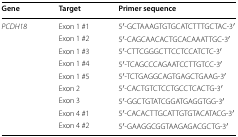
| Gene | Target | Primer sequence |
 | --- | --- | --- |
 | PCDH18 | Exon 1 #1 | 5′-GCTAAAGTGTGCATCTTTGCTAC-3′ |
 |  | Exon 1 #2 | 5′-CAGCAACACTGCACAAATTGC-3′ |
 |  | Exon 1 #3 | 5′-CTTCGGGCTTCCTCCATCTC-3′ |
 |  | Exon 1 #4 | 5′-TCAGCCCAGAATCCTTGTCC-3′ |
 |  | Exon 1 #5 | 5′-TCTGAGGCAGTGAGCTGAAG-3′ |
 |  | Exon 2 | 5′-CACTGTCTCCTGCCTCACTG-3′ |
 |  | Exon 3 | 5′-GGCTGTATCGGATGAGGTGG-3′ |
 |  | Exon 4 #1 | 5′-CACACTTGCATTGTGTACATACG-3′ |
 |  | Exon 4 #2 | 5′-GAAGGCGGTAAGAGACGCTG-3′ |